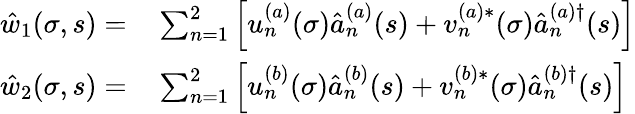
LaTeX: \begin{array}{rl}{{\hat{w}}_{1}(\sigma,s)=}&{{}\sum_{n=1}^{2}\left[u_{n}^{(a)}(\sigma)\hat{a}_{n}^{(a)}(s)+v_{n}^{(a)\ast}(\sigma)\hat{a}_{n}^{(a)\dagger}(s)\right]}\\ {{\hat{w}}_{2}(\sigma,s)=}&{{}\sum_{n=1}^{2}\left[u_{n}^{(b)}(\sigma)\hat{a}_{n}^{(b)}(s)+v_{n}^{(b)\ast}(\sigma)\hat{a}_{n}^{(b)\dagger}(s)\right]}\end{array}